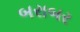
બરાબર